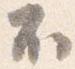
不